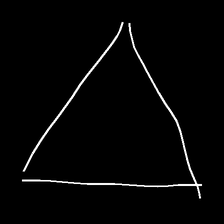
Glyph: convergence